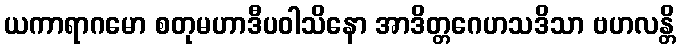
ယကာရာဂမော စတုမဟာဒီပဝါသိနော အာဒိတ္တဂေဟသဒိသာ ဗဟလန္တိ